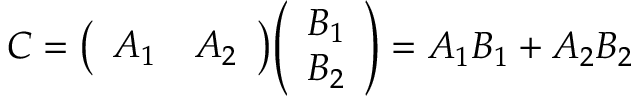
C = { \left( \begin{array} { l l } { A _ { 1 } } & { A _ { 2 } } \end{array} \right) } { \left( \begin{array} { l } { B _ { 1 } } \\ { B _ { 2 } } \end{array} \right) } = A _ { 1 } B _ { 1 } + A _ { 2 } B _ { 2 }